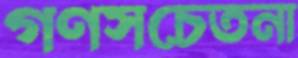
গণসচেতনা